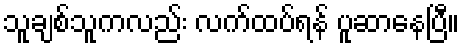
သူချစ်သူကလည်း လက်ထပ်ရန် ပူဆာနေပြီ။